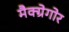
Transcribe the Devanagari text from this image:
मैक्ग्रेगोर